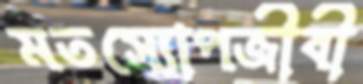
মতস্যোপজীবী